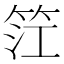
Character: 𥬮